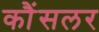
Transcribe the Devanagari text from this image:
कौंसलर